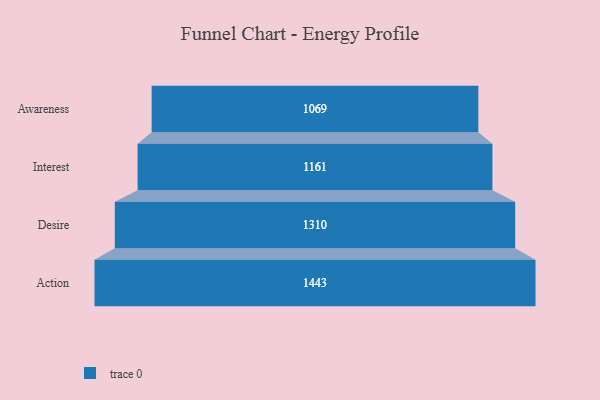
{"axis": {"x": "Stage", "y": "Value"}, "legend": [""], "data": [{"x": "Awareness", "y": 1069.0, "type": ""}, {"x": "Interest", "y": 1161.0, "type": ""}, {"x": "Desire", "y": 1310.0, "type": ""}, {"x": "Action", "y": 1443.0, "type": ""}]}